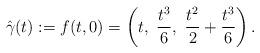
LaTeX: \begin{align*} \hat\gamma(t) := f(t,0)= \left( t,\ \frac{t^3}{6} ,\ \frac{t^2}{2} + \frac{t^3}{6} \right).\end{align*}